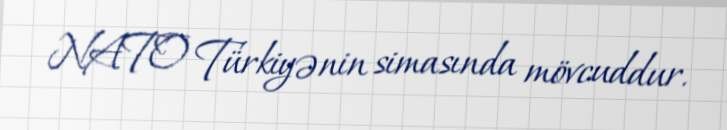
NATO Türkiyənin simasında mövcuddur.